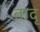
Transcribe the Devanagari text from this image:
तादृ